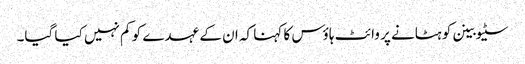
سٹیو بینن کو ہٹانے پر وائٹ ہاؤس کا کہنا کہ ان کے عہدے کو کم نہیں کیا گیا۔